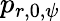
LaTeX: p_{r,0,\psi}